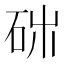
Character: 𥑓